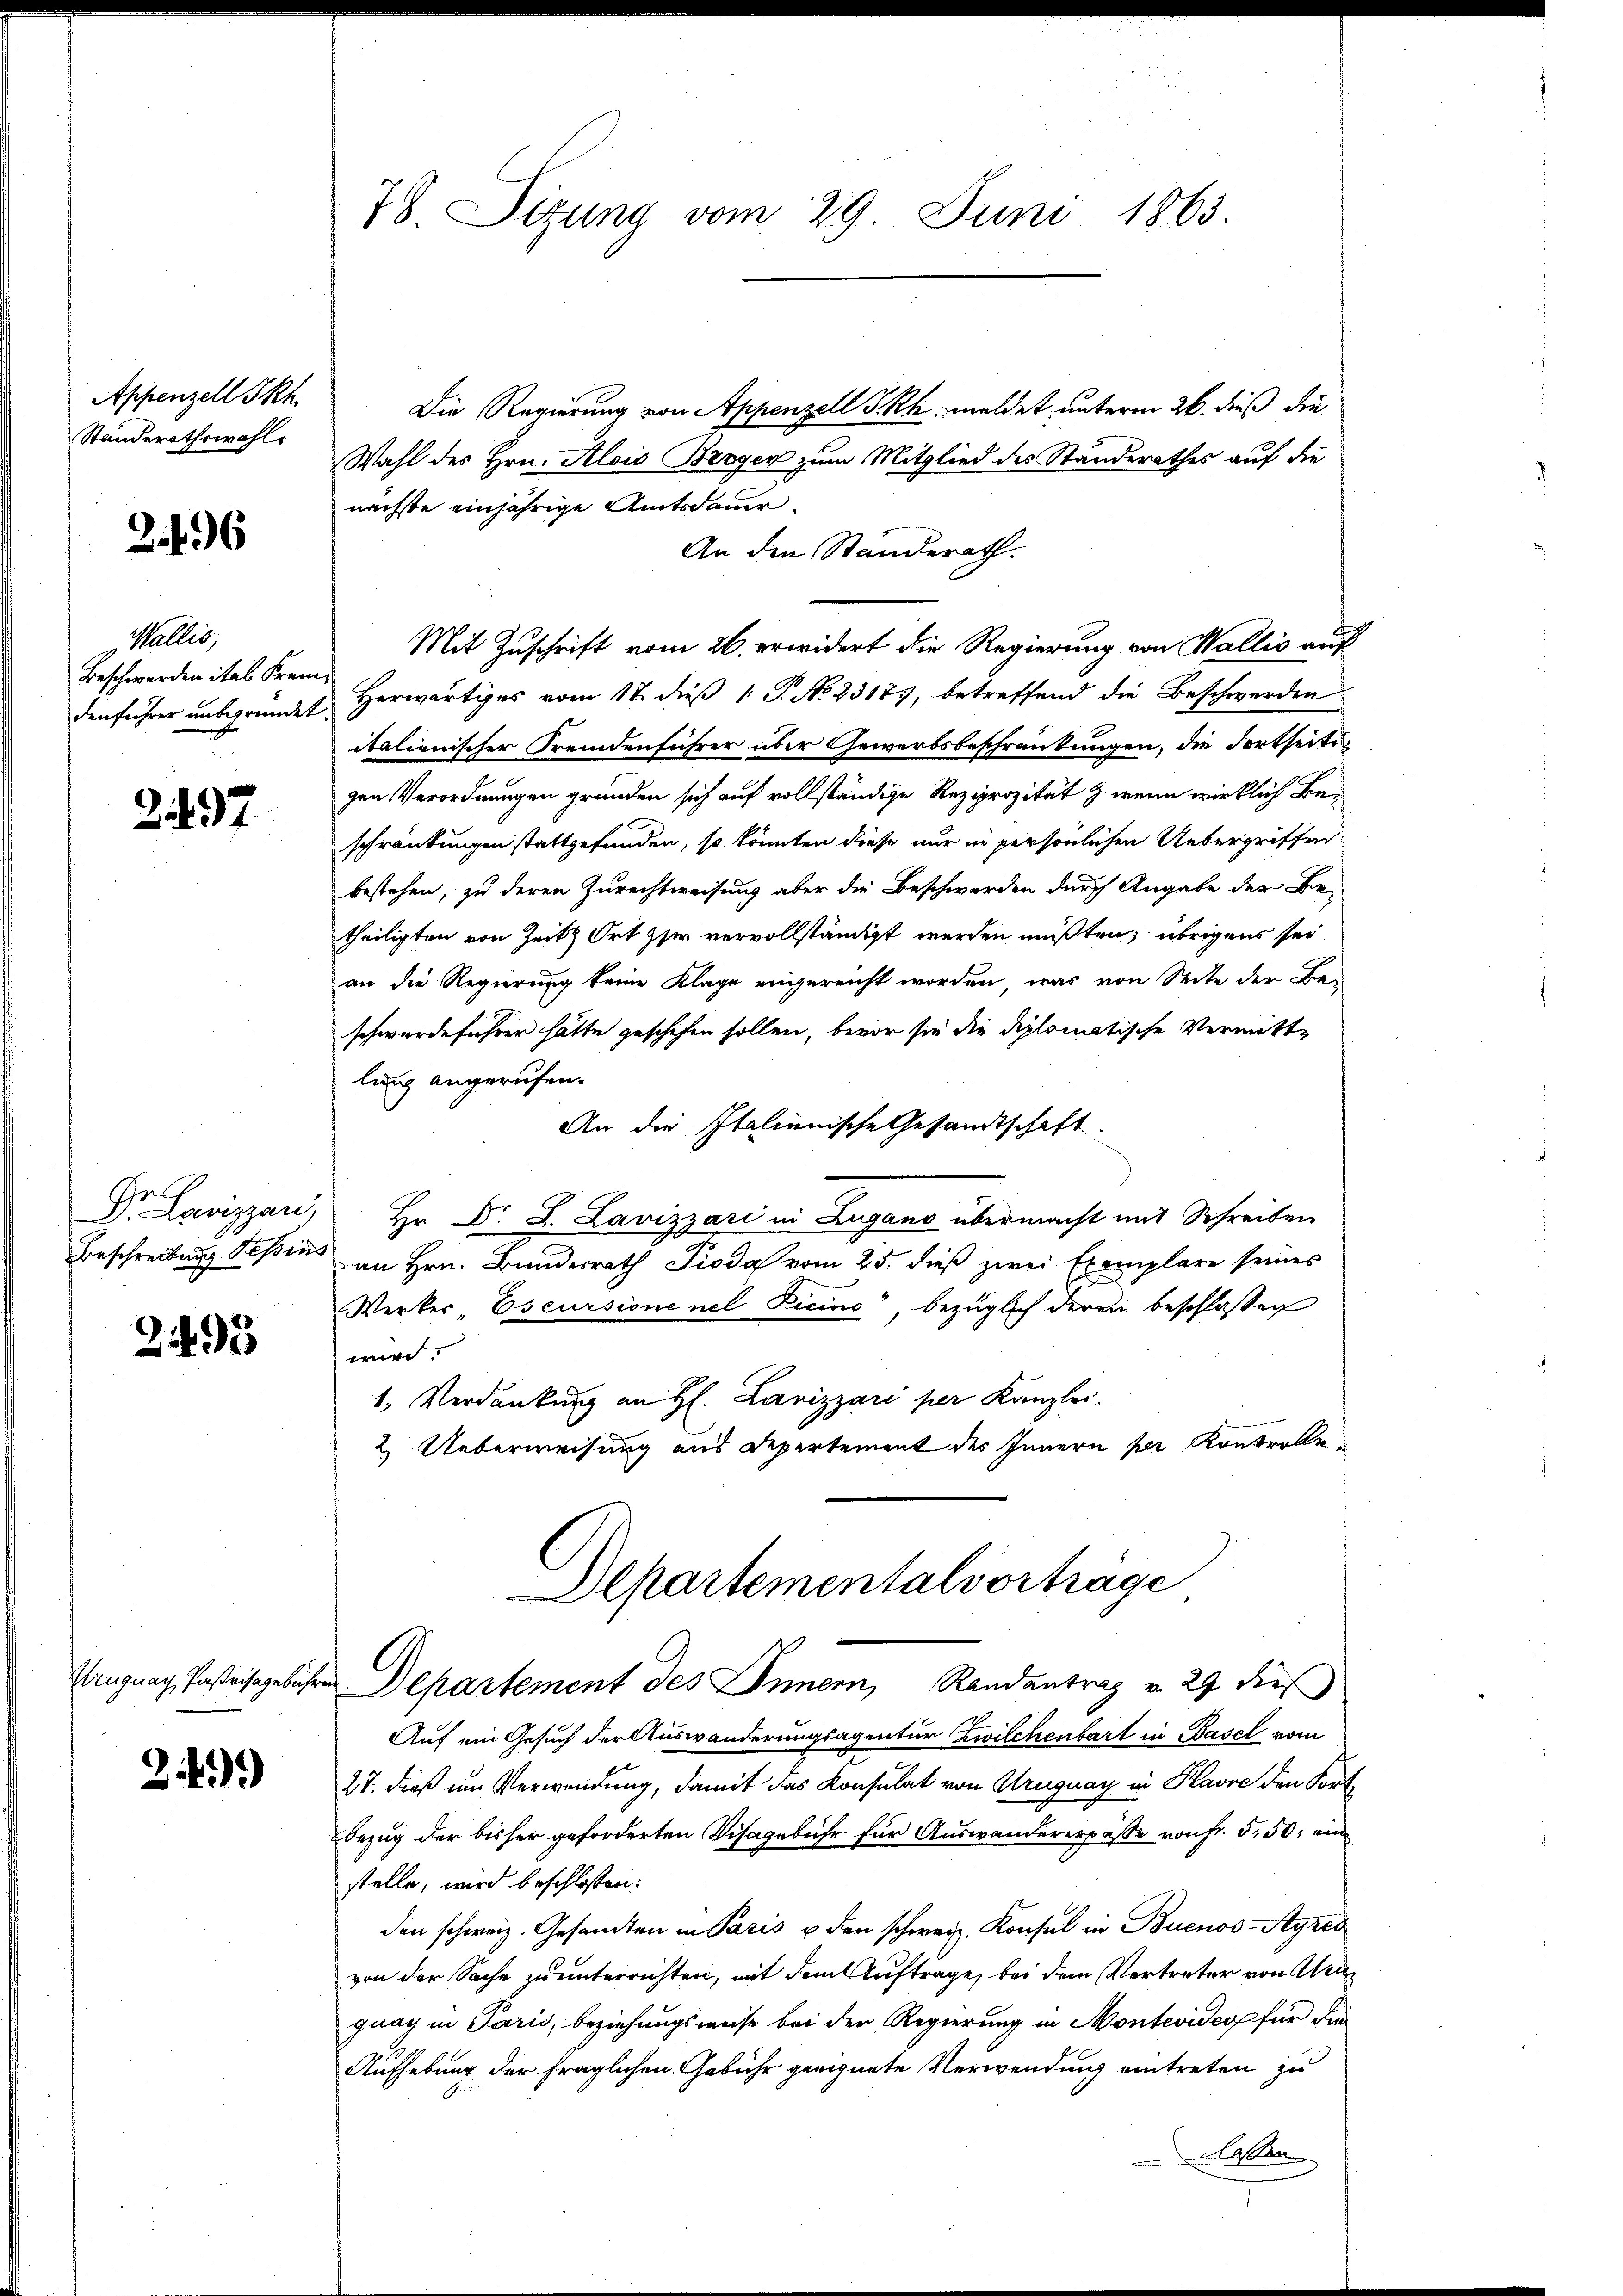
Appenzell I.Rh.
Ständerathswahl.

2.496

Wallis,
Beschwerden ital Frem¬

2197

2495

249.

78. Sizung vom 29 Juni 1863.

Die Regierung von Appenzell I.Rh. meldet unterm 26. dieß die
Wahl des Hrn. Alois Broger zum Mitglied des Standerathes auf die
nächste einjährige Amtsdauer.
An den Standerath.
Mit Zuschrift vom 26. erwidert die Regierung von Wallis auf
denführer unbegründet Herwärtiges vom 17. dieß 1 P. No 23175, betreffend die Beschwerden
italienischer Fremdenführer über Gewerbsbeschränkungen, die dortseitsgen Verordnungen gründen sich auf vollständige Reziprozität & wenn wirklich Beschränkungen stattgefunden, so könnten diese nur in persönlichen Uebergriffen
bestehen, zu deren Zurechtweisung aber die Beschwerden durch Angabe der Be-
theiligten von Zeit Ort zu vervollständigt werden müßten, übrigens sei.
an die Regierung keine Klage eingereicht worden, was von Seite der Be-
schwerdeführer hätte geschehen sollen, bevor sie die Diplomatische Vermittlung angerufen.
An die Italienische Gesandtschaft.
 Lavizza Hr. Dr. L. Lavizzari in Zugano übermacht mit Schreiben
Beschreibung Teßin an Hrn. Bundesrath Pioda vom 25. dieß zwei Exemplare seines
Werker "Escursione nel Licino“, bezüglich deren beschlossen
wird.
1. Verdankung an H. Lavizzari per Kanzlei.
2. Ueberweisung aus Departement des Innern per Kontrolle¬
Departementalvortrage
Uruguay, Pasteisgebühren Departement des Innern, Randantrag v. 29 dieß
Auf ein Gesuch der Auswanderungsagentur Zwilchenbart in Basel vom
27. dieß um Verwendung, damit das Konsulat von Uruguay in Havre den Fortbezug der bisher geforderten Visagebühr für Auswandererpäße von Fr. 550, ein
stelle, wird beschlossen:
den schweiz. Gesamten in Paris u den schweiz. Konsul in Buenos-Ayres
von der Sache zu unterrichten, mit dem Auftrage, bei dem Vertreter von Meignag in Paris, beziehungsweise bei der Regierung in Montevidcop für die
Aufhebung der fraglichen Gebühr geeignete Verwendung eintreten zu
lassen